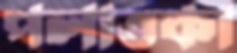
পলাতকা